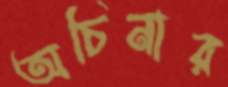
অচিনার